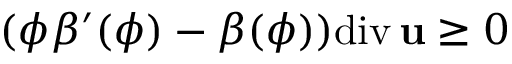
( \phi \beta ^ { \prime } ( \phi ) - \beta ( \phi ) ) \mathrm { d i v } \, { \bf u } \geq 0